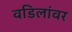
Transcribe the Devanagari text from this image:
वडिलांवर